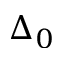
\Delta _ { 0 }